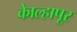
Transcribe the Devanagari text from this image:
काेेल्हापूर